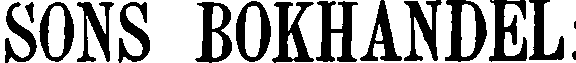
SONS BOKHANDEL